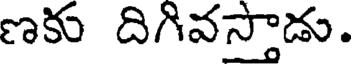
ణకు దిగివస్తాడు.